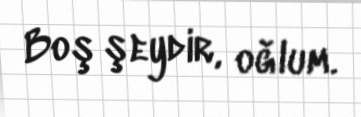
Boş şeydir, oğlum.